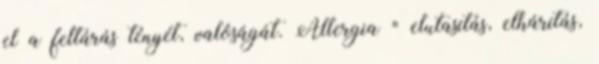
el a feltárás tényét, valóságát. Allergia = elutasítás, elhárítás,